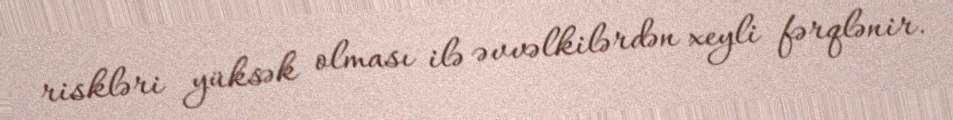
riskləri yüksək olması ilə əvvəlkilərdən xeyli fərqlənir.